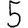
Digit: 5